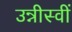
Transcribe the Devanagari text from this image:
उन्नीस्वीं